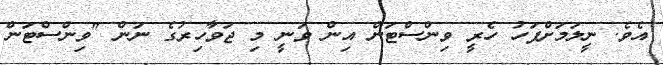
އެވެ. ނީލަމަށްފަހު ހެރީ ވިންސްޓަން އިން ވަނީ މި ޖަވާހިރުގެ ނަން "ވިންސްޓަން